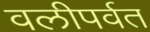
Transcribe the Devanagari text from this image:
वलीपर्वत